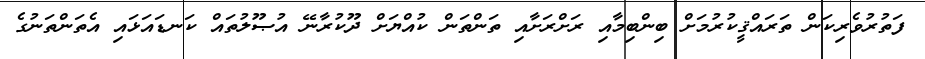
ފަތުރުވެރިކަން ތަރައްޤީކުރުމަށް ބިންބިމާއި ރަށްރަށާއި ތަންތަން ކުއްޔަށް ދޫކުރާނޭ އުޞޫލުތައް ކަނޑައަޅައި އެތަންތަނުގެ